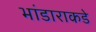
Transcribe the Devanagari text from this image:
भांडाराकडे